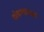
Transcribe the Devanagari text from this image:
यंत्रणाच्या